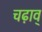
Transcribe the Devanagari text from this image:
चढ़ाव्